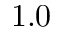
1 . 0